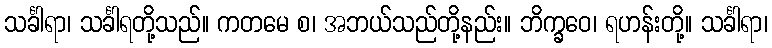
သင်္ခါရာ၊ သင်္ခါရတို့သည်။ ကတမေ စ၊ အဘယ်သည်တို့နည်း။ ဘိက္ခဝေ၊ ရဟန်းတို့။ သင်္ခါရာ၊